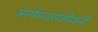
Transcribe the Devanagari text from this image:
आर्यमतसंजीवनी